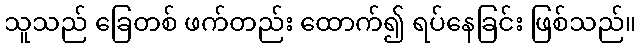
သူသည် ခြေတစ် ဖက်တည်း ထောက်၍ ရပ်နေခြင်း ဖြစ်သည်။